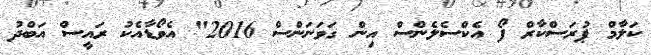
ކަލާމް ޕުރަސްކާރް ފޯ އެކްސެލެންސް އިން ގަވަނަންސް 2016" އެވޯޑާއެކު ރައީސް އަބްދު